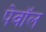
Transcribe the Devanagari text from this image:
पेवॉल